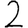
Digit: 2